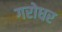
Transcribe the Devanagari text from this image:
गरोधर